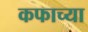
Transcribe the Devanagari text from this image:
कफाच्या